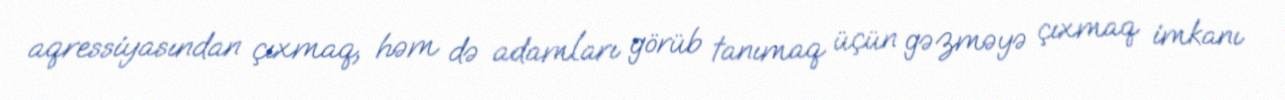
aqressiyasından çıxmaq, həm də adamları görüb tanımaq üçün gəzməyə çıxmaq imkanı